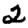
Digit: 2